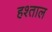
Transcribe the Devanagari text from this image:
हश्ताल